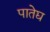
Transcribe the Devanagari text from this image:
पातेद्य